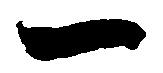
一